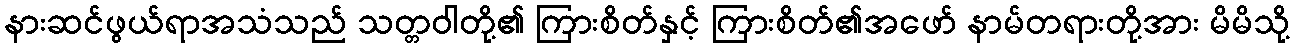
နားဆင်ဖွယ်ရာအသံသည် သတ္တဝါတို့၏ ကြားစိတ်နှင့် ကြားစိတ်၏အဖော် နာမ်တရားတို့အား မိမိသို့